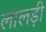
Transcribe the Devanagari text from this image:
लालड़ी